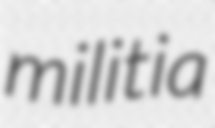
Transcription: militia